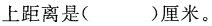
上距离是（）厘米。